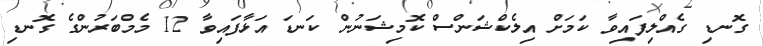
ގޮނޑި ގެއްލިފައިވާ ކަމަށް އިލެކްޝަންސް ކޮމިޝަނުން ކަނޑަ އަޅާފައިވާ 12 މެމްބަރުންގެ ގޮނޑި